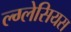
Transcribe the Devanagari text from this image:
ल्ग्लेसियस